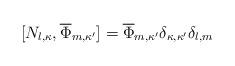
LaTeX: \begin{align*}[N_{l,\kappa},\overline{\Phi}_{m,\kappa'}]=\overline{\Phi}_{m,\kappa'}\delta_{\kappa,\kappa'} \delta_{l,m}\end{align*}